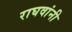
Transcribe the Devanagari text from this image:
राघवांनी